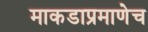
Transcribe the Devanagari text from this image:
माकडाप्रमाणेच